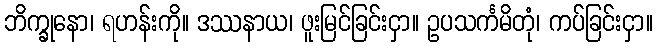
ဘိက္ခုနော၊ ရဟန်းကို။ ဒဿနာယ၊ ဖူးမြင်ခြင်းငှာ။ ဥပသင်္ကမိတုံ၊ ကပ်ခြင်းငှာ။